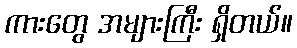
ကားတွေ အများကြီး ရှိတယ်။